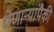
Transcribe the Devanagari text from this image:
घेणाऱ्यांपैकी